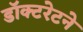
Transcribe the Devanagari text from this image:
डॉक्टरेटने